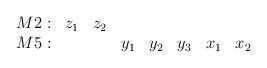
LaTeX: \begin{align*}\begin{array}{rccccccc}{M2}: & z_1 & z_2 & & & & & \\{M5}: & & & y_1 & y_2 & y_3 & x_1 & x_2 \\\end{array}\end{align*}